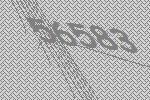
56583